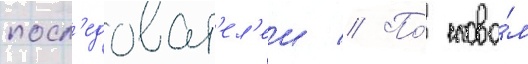
посл'едоват'ел'еи // По́ слова́м